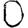
Digit: 0